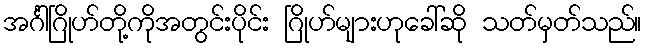
အင်္ဂါဂြိုဟ်တို့ကိုအတွင်းပိုင်း ဂြိုဟ်များဟုခေါ်ဆို သတ်မှတ်သည်။